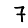
Digit: 7